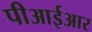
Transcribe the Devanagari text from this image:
पीआईआर